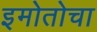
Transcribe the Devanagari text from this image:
इमोतोचा